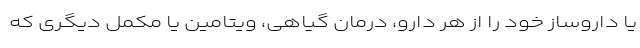
یا داروساز خود را از هر دارو، درمان گیاهی، ویتامین یا مکمل دیگری که